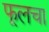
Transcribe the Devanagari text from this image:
फूलचा